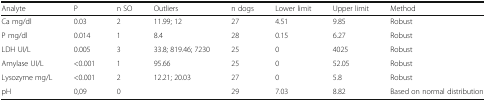
| Analyte | P | n SO | Outliers | n dogs | Lower limit | Upper limit | Method |
 | --- | --- | --- | --- | --- | --- | --- | --- |
 | Ca mg/dl | 0.03 | 2 | 11.99; 12 | 27 | 4.51 | 9.85 | Robust |
 | P mg/dl | 0.014 | 1 | 8.4 | 28 | 0.15 | 6.27 | Robust |
 | LDH UI/L | 0.005 | 3 | 33.8; 819.46; 7230 | 25 | 0 | 4025 | Robust |
 | Amylase UI/L | <0.001 | 1 | 95.66 | 25 | 0 | 52.05 | Robust |
 | Lysozyme mg/L | <0.001 | 2 | 12.21; 20.03 | 27 | 0 | 5.8 | Robust |
 | pH | 0,09 | 0 |  | 29 | 7.03 | 8.82 | Based on normal distribution |